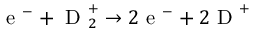
\mathrm { ~ e ~ } ^ { - } + \mathrm { ~ D ~ } _ { 2 } ^ { + } \rightarrow 2 \mathrm { ~ e ~ } ^ { - } + 2 \mathrm { ~ D ~ } ^ { + }